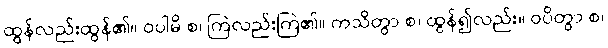
ထွန်လည်းထွန်၏။ ဝပါမိ စ၊ ကြဲလည်းကြဲ၏။ ကသိတွာ စ၊ ထွန်၍လည်း။ ဝပိတွာ စ၊